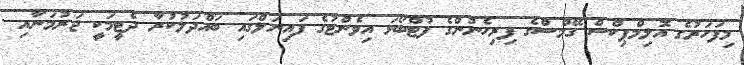
މިފަހަރުގެ އޮލިމްޕިކްސް ގޭމްސްގެ ފިރިހެނުންގެ ފުޓްބޯޅަ އިވެންޓުގެ ފައިނަލްގައި ބައްދަލުކުރާ ދެޓީމަކީ ޖަރުމަނާއި